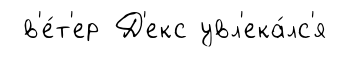
в'е́т'ер Д'екс увл'ека́лс'я